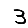
Digit: 3